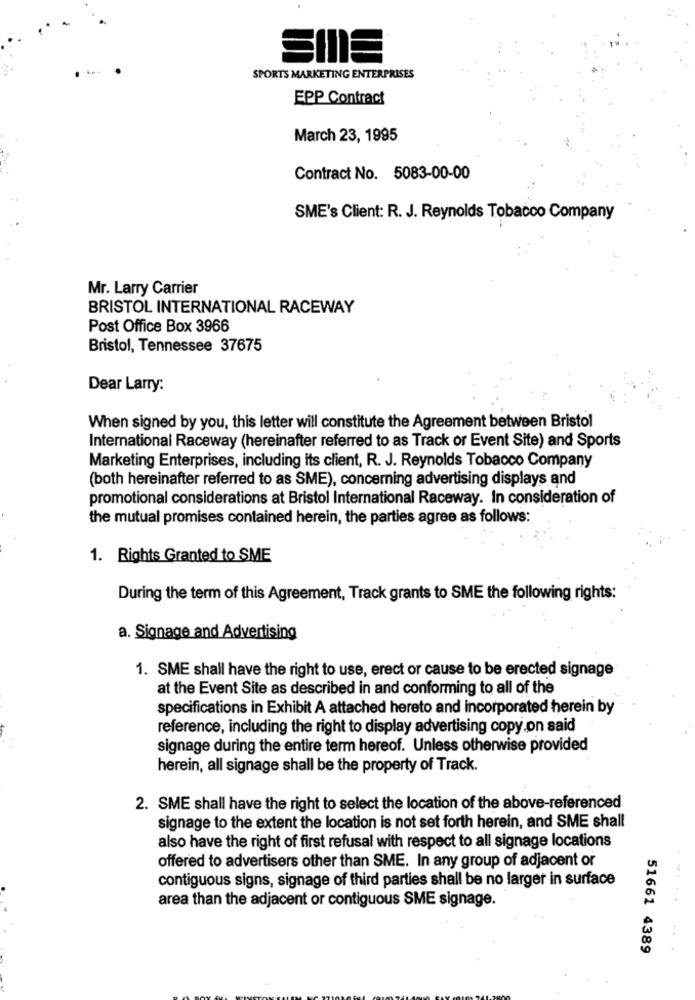
SPORTS MARKETING ENTERPRISES
EPP Contract
March 23, 1995
Contract No. 5083-00-00
SME's Client: R. J. Reynolds Tobacco Company
Mr. Larry Carrier
BRISTOL INTERNATIONAL RACEWAY
Post Office Box 3966
Bristol, Tennessee 37675
Dear Larry:
When signed by you, this letter will constitute the Agreement between Bristol
International Raceway (hereinafter referred to as Track or Event Site) and Sports
Marketing Enterprises, including its client, R. J. Reynolds Tobacco Company
(both hereinafter referred to as SME), concerning advertising displays and
promotional considerations at Bristol International Raceway. In consideration of
the mutual promises contained herein, the parties agree as follows:
1. Rights Granted to SME
During the term of this Agreement, Track grants to SME the following rights:
a. Signage and Advertising
1. SME shall have the right to use, erect or cause to be erected signage
at the Event Site as described in and conforming to all of the
specifications in Exhibit A attached hereto and incorporated herein by
reference, including the right to display advertising copy on said
signage during the entire term hereof. Unless otherwise provided
herein, all signage shall be the property of Track.
2. SME shall have the right to select the location of the above-referenced
signage to the extent the location is not set forth herein, and SME shall
also have the right of first refusal with respect to all signage locations
offered to advertisers other than SME. In any group of adjacent or
contiguous signs, signage of third parties shall be no larger in surface
area than the adjacent or contiguous SME signage.
51661 4389